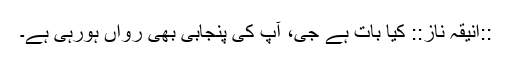
::انیقہ ناز:: کیا بات ہے جی، آپ کی پنجابی بھی رواں ہورہی ہے۔